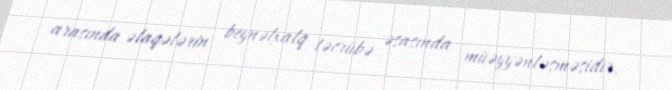
arasında əlaqələrin beynəlxalq təcrübə əsasında müəyyənləşməsidir.